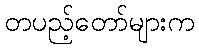
တပည့်တော်များက